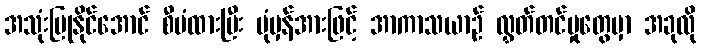
အသုံးပြုနိုင်အောင် စီမံထားပြီး ပုံမှန်အားဖြင့် အာကာသယာဉ် လွှတ်တင်မှုတွေမှာ အခုလို